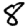
Digit: 8